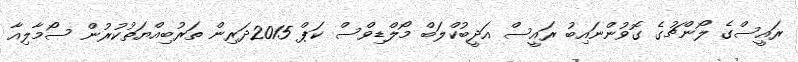
ރައީސްގެ ލޯންޗުގެ ގޮވުންނައިބު ރައީސް އަދީބުކްލަބް މޯލްޑިވްސް ކަޕް 2015ދަރިން ތަރުބިއްޔަތުކުރުން ސޯމާލިއާ